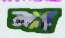
শ